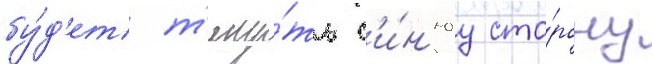
бу́д'ет т'яну́ть с'и́н'юу сто́рону